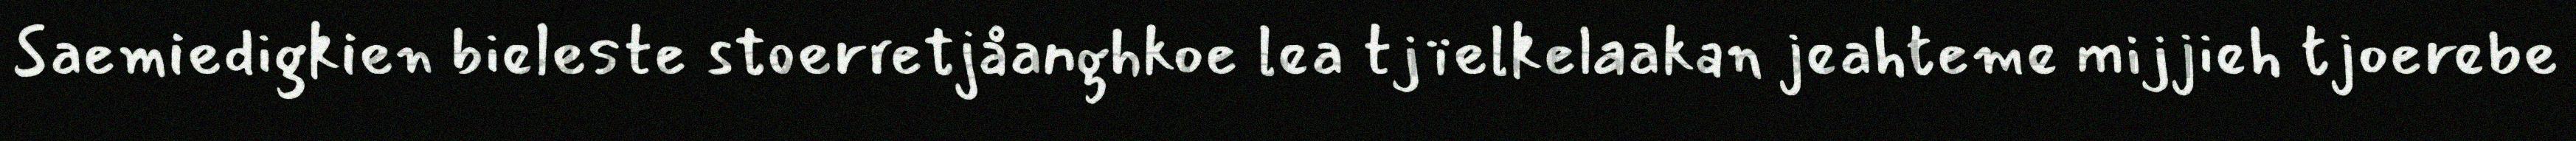
Saemiedigkien bieleste stoerretjåanghkoe lea tjïelkelaakan jeahteme mijjieh tjoerebe